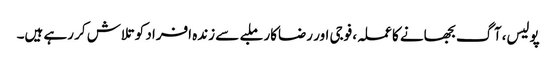
پولیس، آگ بجھانے کا عملہ، فوجی اور رضاکار ملبے سے زندہ افراد کو تلاش کر رہے ہیں۔